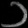
Digit: ၁